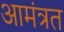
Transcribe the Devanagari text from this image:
आमंत्रत